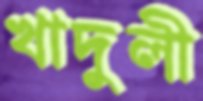
খাদুলী